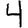
Digit: 4